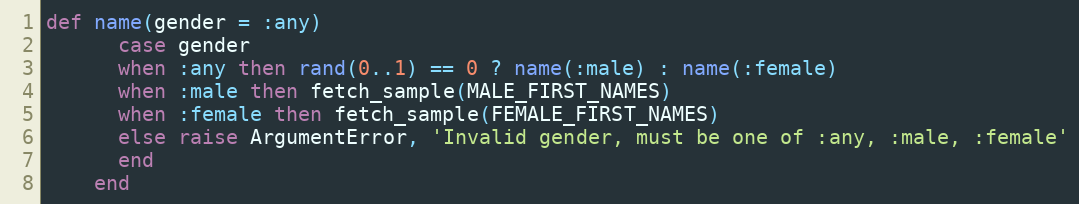
Language: Ruby
def name(gender = :any)
      case gender
      when :any then rand(0..1) == 0 ? name(:male) : name(:female)
      when :male then fetch_sample(MALE_FIRST_NAMES)
      when :female then fetch_sample(FEMALE_FIRST_NAMES)
      else raise ArgumentError, 'Invalid gender, must be one of :any, :male, :female'
      end
    end